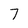
Character: 7